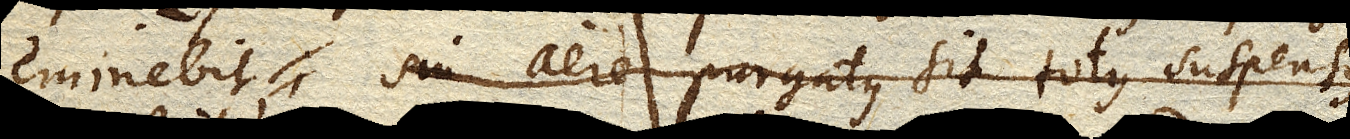
eminebit, sin aere purgatus sit totus suspensus